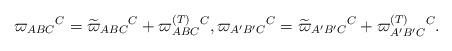
LaTeX: \begin{align*}\varpi _{ABC}{}^{C}=\widetilde{\varpi }_{ABC}{}^{C}+\varpi _{ABC}^{{\footnotesize (T)}}{}^{C},\varpi _{A^{\prime }B^{\prime }C}{}^{C}=\widetilde{\varpi }_{A^{\prime }B^{\prime }C}{}^{C}+\varpi _{A^{\prime}B^{\prime }C}^{{\footnotesize (T)}}{}^{C}. \end{align*}